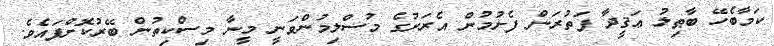
ކަމާބެހޭ ބާޠިލު ޢަޤީދާ ފަތުރަން ފެށުމުން އެރަށުގެ މުސްލިމުންވަނީ މީނާ މިސްކިތުން ބޭރުކޮށްފައެވެ.